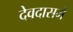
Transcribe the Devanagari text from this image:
देवदासमे